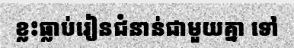
ខ្លះធ្លាប់រៀនជំនាន់ជាមួយគ្នា ទៅ